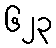
၆၂၃